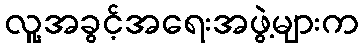
လူ့အခွင့်အရေးအဖွဲ့များက